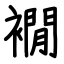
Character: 襉